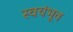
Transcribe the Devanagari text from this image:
स्वयंभूव